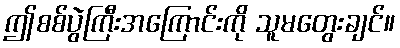
ဤစစ်ပွဲကြီးအကြောင်းကို သူမတွေးချင်။